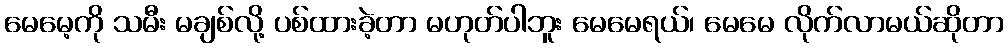
မေမေ့ကို သမီး မချစ်လို့ ပစ်ထားခဲ့တာ မဟုတ်ပါဘူး မေမေရယ်၊ မေမေ လိုက်လာမယ်ဆိုတာ